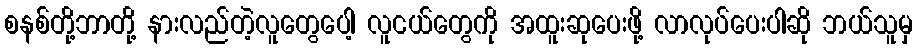
စနစ်တို့ဘာတို့ နားလည်တဲ့လူတွေပေါ့ လူငယ်တွေကို အထူးဆုပေးဖို့ လာလုပ်ပေးပါဆို ဘယ်သူမှ